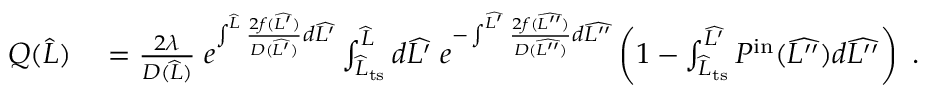
\begin{array} { r l } { Q ( \widehat { L } ) } & { { } = \frac { 2 \lambda } { D ( \widehat { L } ) } \; e ^ { \int ^ { \widehat { L } } \frac { 2 f ( \widehat { L ^ { \prime } } ) } { D ( \widehat { L ^ { \prime } } ) } d \widehat { L ^ { \prime } } } \int _ { \widehat { L } _ { \mathrm { t s } } } ^ { \widehat { L } } d \widehat { L ^ { \prime } } \; e ^ { - \int ^ { \widehat { L ^ { \prime } } } \frac { 2 f ( \widehat { L ^ { \prime \prime } } ) } { D ( \widehat { L ^ { \prime \prime } } ) } d \widehat { L ^ { \prime \prime } } } \left( 1 - \int _ { \widehat { L } _ { \mathrm { t s } } } ^ { \widehat { L ^ { \prime } } } P ^ { \mathrm { i n } } ( \widehat { L ^ { \prime \prime } } ) d \widehat { L ^ { \prime \prime } } \right) \ . } \end{array}